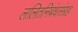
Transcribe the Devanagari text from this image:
ललितनिबंधसंग्रह